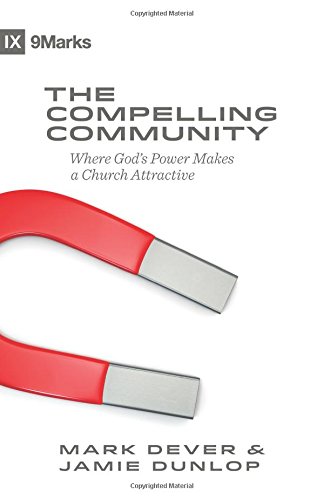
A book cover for The Compelling Community: Where God's Power Makes a Church Attractive (9Marks); Mark Dever; Christian Books & Bibles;